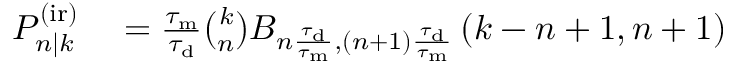
\begin{array} { r l } { P _ { n | k } ^ { \mathrm { ( i r ) } } } & { { } = \frac { \tau _ { \mathrm { m } } } { \tau _ { \mathrm { d } } } \binom { k } { n } B _ { n \frac { \tau _ { \mathrm { d } } } { \tau _ { \mathrm { m } } } , ( n + 1 ) \frac { \tau _ { \mathrm { d } } } { \tau _ { \mathrm { m } } } } \left( k - n + 1 , n + 1 \right) } \end{array}